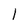
Character: l